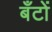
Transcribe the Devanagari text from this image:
बँटों